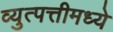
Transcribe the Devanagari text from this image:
व्युत्पत्तीमध्ये